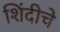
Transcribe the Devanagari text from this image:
शिंदीचे